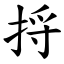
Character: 捋